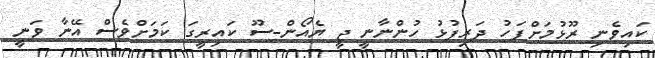
ކައިވެނި ރޫޅުމަށްފަހު ދަރިފުޅު ހުންނާނީ ޖީ ޔެއޯން-ސޫ ކައިރީގަ ކަމަށްވެސް އޭނާ ވަނީ